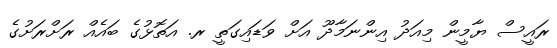
ރައީސް ޔާމީން މިއަދު އިންނަމާދޫ އަށް ވަޑައިގަތީ ރ. އަތޮޅުގެ ބައެއް ރަށްރަށުގެ